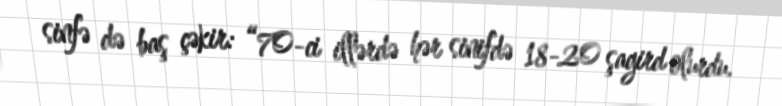
sinfə də baş çəkir: “70-ci illərdə hər sinifdə 18-20 şagird olurdu.